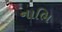
નાભિ